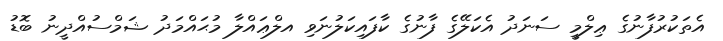
އެތަކުރުފާނުގެ ޢިލްމީ ސަނަދު އެކަލޭގެ ފާނުގެ ކާފައިކަލުނަވި އލްޢައްލާ މުޙައްމަދު ޝަމްސުއްދީނު ބޮޑު